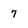
Character: 7